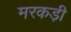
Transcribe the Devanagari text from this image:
मरकड़ी